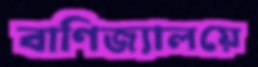
বাণিজ্যালয়ে